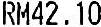
RM42.10